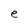
Character: e